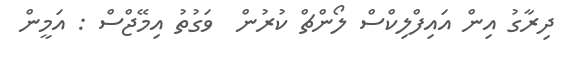
ދިރާގު އިން އައިފްލިކްސް ލޯންޗް ކުރުން  ވަގުތު އިމޭޖްސް : އަމީން